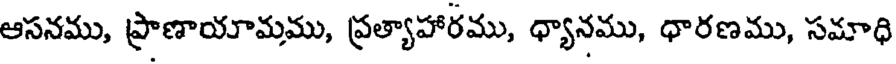
ఆసనము, ప్రాణాయామము, ప్రత్యాహారము, ధ్యానము, ధారణము, సమాధి